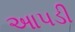
આપડી